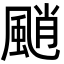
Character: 颵